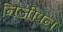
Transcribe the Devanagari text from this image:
निजीपन